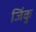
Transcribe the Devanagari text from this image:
जिंकु